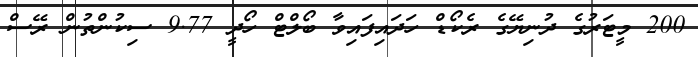
200 މީޓަރުގެ ދުނިޔޭގެ ރެކޯޑް ހަދައިފައިވާ ބޯލްޓް ހޯދީ 9.77 ސިކުންތުން ރޭސް